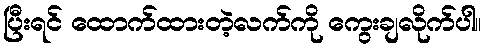
ပြီးရင် ထောက်ထားတဲ့လက်ကို ကွေးချလိုက်ပါ။